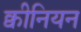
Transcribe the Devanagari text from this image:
क्वीनियन